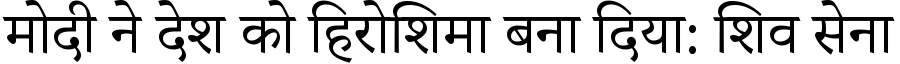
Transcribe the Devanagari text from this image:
मोदी ने देश को हिरोशिमा बना दिया: शिव सेना